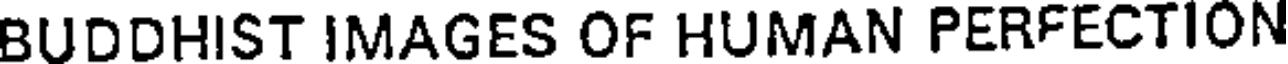
BUDDHIST IMAGES OF HUMAN PERFECTION